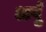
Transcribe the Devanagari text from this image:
अर्पुं